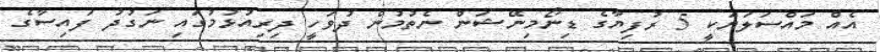
އެއް މައްސަލަޔަކީ 5 ރުފިޔާގެ ޑިނޯމިނޭޝަން ނެތުމުން ދުވަހީ ދިރިއުޅުމުގައި ނަގުދު ފައިސާގެ